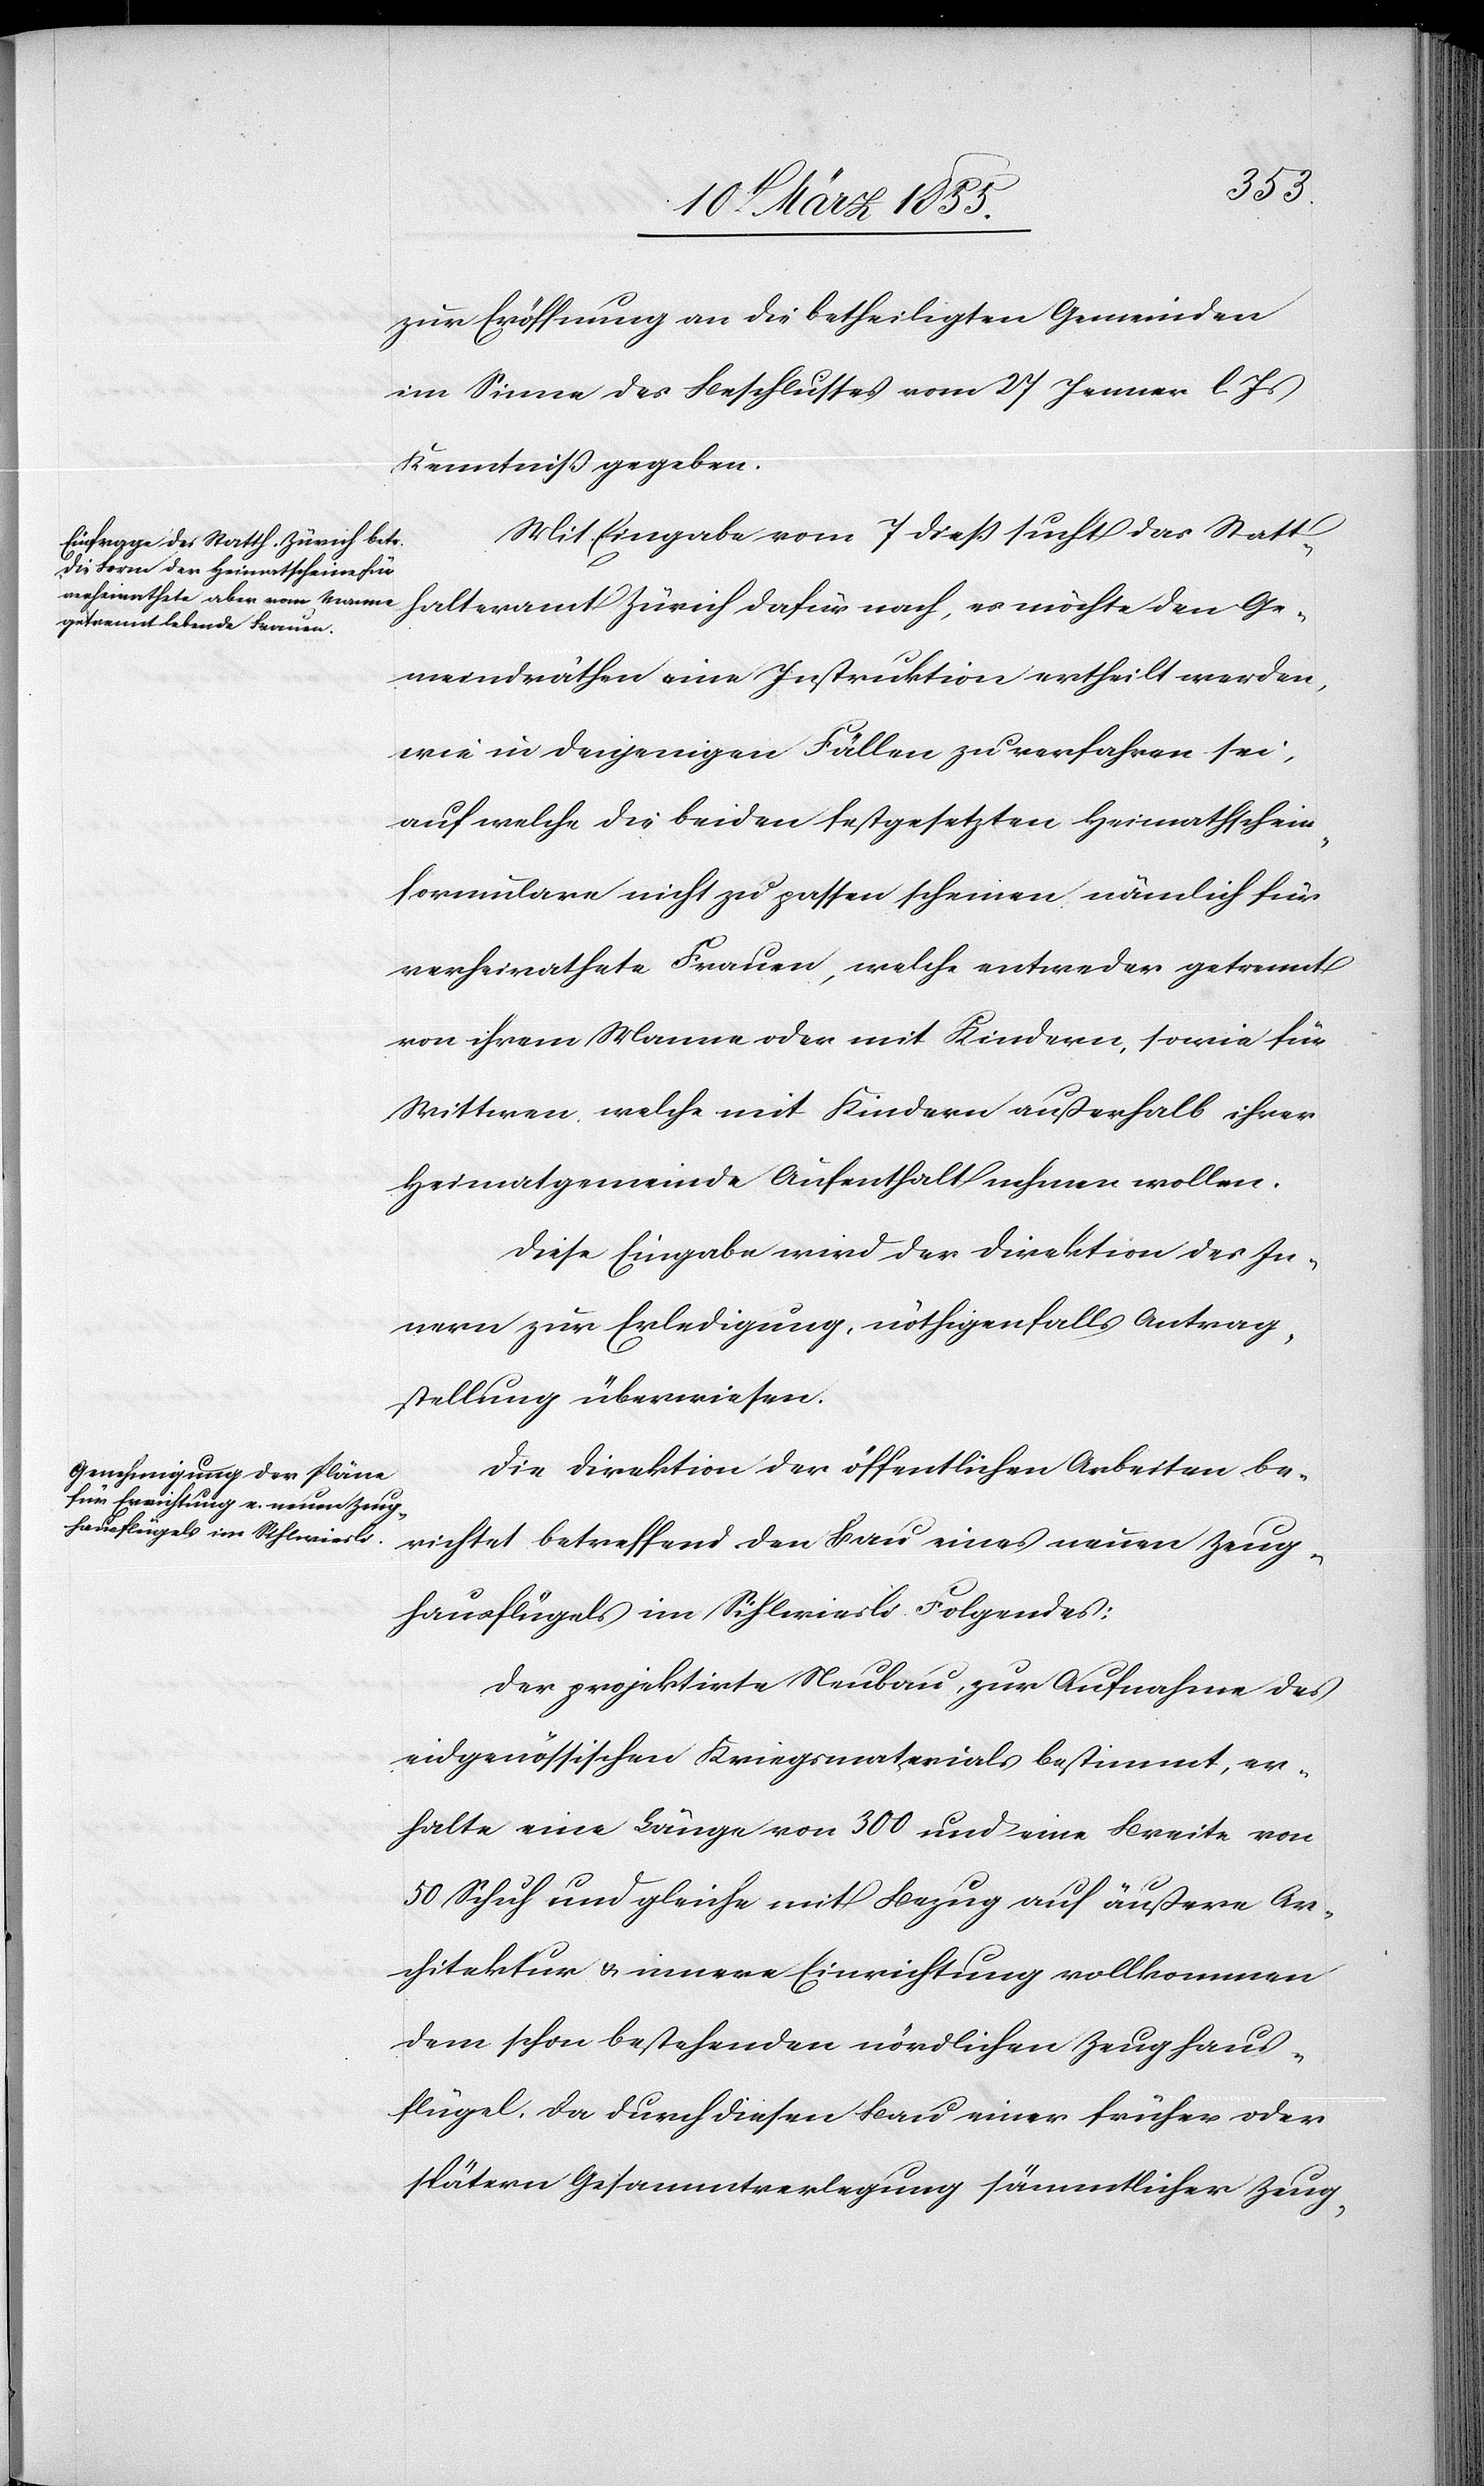
alteramt
zur Eröffnung an die betheiligten Gemeinden
im Sinne des Beschlusses vom 27 Jenner l. Js
Kenntniss gegeben.
Mit Eingabe vom 7 dieß sucht das Statth¬
Gemeindräthen eine Instruktion ertheilt werden,
wie in denjenigen Fällen zu verfahren sei,
auf welche die beiden festgesetzten Heimathschein¬
formulare nicht zu passen scheinen nämlich für
verheirathete Frauen, welche entweder getrennt
von ihrem Manne oder mit Kindern, sowie für
Wittwen welche mit Kindern außerhalb ihrer
Heimatgemeinde Aufenthalt nehmen wollen.
Diese Eingabe wird der Direktion des In¬
nern zur Erledigung, nöthigenfalls Antrag¬
stellung überwiesen.
Die Direktion der öffentlichen Arbeiten be¬
richtet betreffend den Bau eines neuen Zeug¬
hausflügels im Sihlwiesli Folgendes:
Der projektirte Neubau, zur Aufnahme des
eidgenössischen Kriegsmaterials bestimmt, er¬
halte eine Länge von 300 und eine Breite von
50 Schuh und gleiche mit Bezug auf äußere Ar¬
chitektur & innere Einrichtung vollkommen
dem schon bestehenden nördlichen Zeughaus¬
flügel. Da durch diesen Bau einer früher[n] oder
spätern Gesammtverlegung sämmtlicher Zeug-